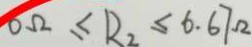
0 \Omega \leq R _ { 2 } \leq 6 . 6 7 \Omega